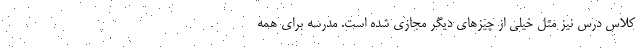
کلاس درس نیز مثل خیلی از چیزهای دیگر مجازی شده است. مدرسه برای همه